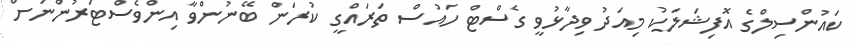
ކައުންސިލްގެ އޮފިޝަލަކު މިއަދު ވިދާޅުވީ ގެސްޓް ހައުސް ތަރައްގީ ކުރަން ބޭނުންވާ އިންވެސްޓަރުންނަށް